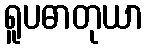
ရူပဓာတုယာ